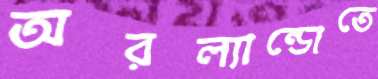
অরল্যান্ডোতে